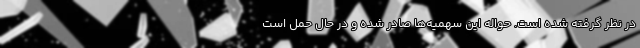
در نظر گرفته شده است. حواله این سهمیه‌ها صادر شده و در حال حمل است